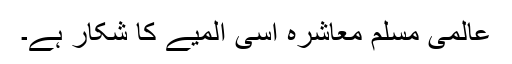
عالمی مسلم معاشرہ اسی المیے کا شکار ہے۔